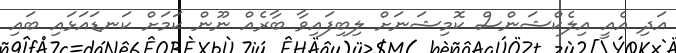
އަދި އެއީ އިލެކްޝަންސް ކޮމިޝަނަށް ލިބިފައިވާ ބާރެއް ނޫން ކަމަށް ކަނޑައަޅައި ބައި